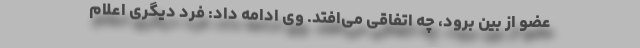
عضو از بین برود، چه اتفاقی می‌افتد. وی ادامه داد: فرد دیگری اعلام